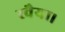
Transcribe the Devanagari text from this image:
रवैया।